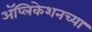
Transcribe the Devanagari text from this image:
अॅप्लिकेशनच्या